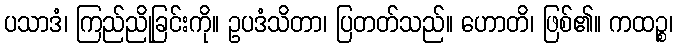
ပသာဒံ၊ ကြည်ညိုခြင်းကို။ ဥပဒံသိတာ၊ ပြတတ်သည်။ ဟောတိ၊ ဖြစ်၏။ ကထဉ္စ၊